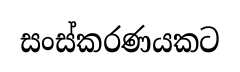
සංස්කරණයකට